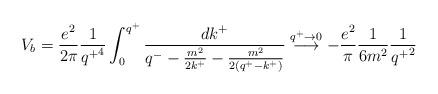
LaTeX: \begin{align*}V_b = \frac{e^2}{2\pi}\frac{1}{{q^+}^4}\int_0^{q^+} \frac{dk^+}{q^- - \frac{m^2}{2k^+} - \frac{m^2}{2(q^+-k^+)}}\stackrel{q^+\rightarrow 0}{\longrightarrow}- \frac{e^2}{\pi}\frac{1}{6m^2}\frac{1}{{q^+}^2}\end{align*}